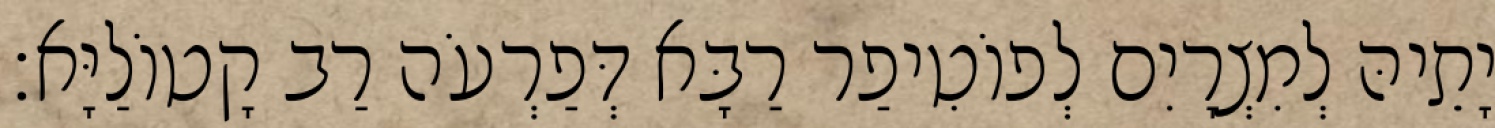
יָתֵיהּ לְמִצְרָיִם לְפוֹטִיפַר רַבָּא דְּפַרְעֹה רַב קָטוֹלַיָּא׃